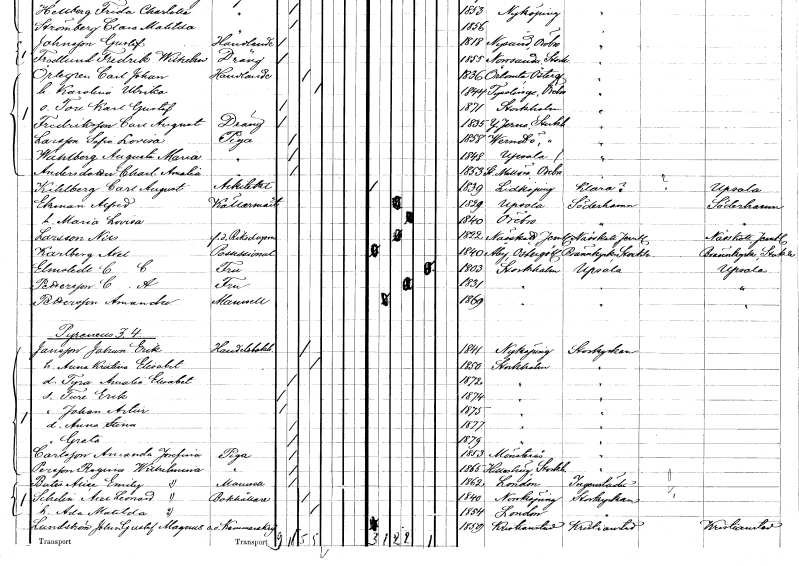
gt_parse: households: individuals: FN: Augusta Maria
EN: Wahlberg
YRKE: Piga
KON: K
CIV: O
FODAR: 1848
FODFORS: Uppsala Uppsala län
FN: Charlotta Amalia
EN: Andersdotter
YRKE: Piga
KON: K
CIV: O
FODAR: 1853
FODFORS: Stora Mellösa Örebro län
FN: Carl August
EN: Kihlberg
YRKE: Arbetskarl
KON: M
CIV: O
FODAR: 1839
FODFORS: Lidköping Skaraborgs län
FN: Alfred
EN: Ekman
YRKE: Källarmästare
KON: M
CIV: G
FODAR: 1829
FODFORS: Uppsala Uppsala län
FN: Maria Lovisa
KON: K
CIV: G
FODAR: 1840
FODFORS: Örebro Örebro län
FN: Nils
EN: Larsson
YRKE: Riksdagsman f.d.
KON: M
CIV: G
FODAR: 1822
FODFORS: Näskott Jämtlands län
FN: Axel
EN: Karlberg
YRKE: Possessionat
KON: M
CIV: O
FODAR: 1840
FODFORS: Åby Östergötlands län
FN: C. C.
EN: Elmstedt
KON: K
CIV: E
FODAR: 1803
FODFORS: Stockholm
FN: C. A.
EN: Pettersson
KON: K
CIV: G
FODAR: 1831
FODFORS: Stockholm
FN: Amanda
EN: Pettersson
KON: K
CIV: O
FODAR: 1869
FODFORS: Stockholm
FN: Johan Erik
EN: Jansson
YRKE: Handelsbokhållare
KON: M
CIV: G
FODAR: 1841
FODFORS: Nyköping Södermanlands län
FN: Anna Kristina Elisabet
KON: K
CIV: G
FODAR: 1850
FODFORS: Stockholm
FN: Tyra Amalia Elisabet
KON: K
CIV: O
FODAR: 1872
FODFORS: Stockholm
FN: Ture Erik
KON: M
CIV: O
FODAR: 1874
FODFORS: Stockholm
FN: Johan Artur
KON: M
CIV: O
FODAR: 1875
FODFORS: Stockholm
FN: Anna Stina
KON: K
CIV: O
FODAR: 1877
FODFORS: Stockholm
FN: Greta
KON: K
CIV: O
FODAR: 1879
FODFORS: Stockholm
FN: Amanda Josefina
EN: Carlsson
YRKE: Piga
KON: K
CIV: O
FODAR: 1853
FODFORS: Mönsterås Kalmar län
FN: Regina Wilhelmina
EN: Persson
YRKE: Piga
KON: K
CIV: O
FODAR: 1865
FODFORS: Hilleshög Stockholms län
FN: Alice Emily
EN: Bates
KON: K
CIV: O
FODAR: 1862
FN: Axel Leonard
EN: Schelin
YRKE: Bokhållare
KON: M
CIV: G
FODAR: 1840
FODFORS: Norrköping Östergötlands län
FN: Ada Matilda
KON: K
CIV: G
FODAR: 1854
FN: Johan Gustaf Magnus
EN: Lundström
YRKE: Kammarskrivare e. o.
KON: M
CIV: O
FODAR: 1859
FODFORS: Kristianstad Kristianstads län